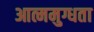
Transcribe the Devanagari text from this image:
आत्ममुग्धता